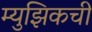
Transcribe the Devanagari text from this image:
म्युझिकची